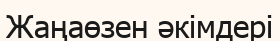
Жаңаөзен әкімдері